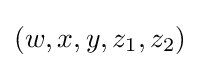
(w,x,y,z_{1},z_{2})